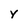
Character: Y